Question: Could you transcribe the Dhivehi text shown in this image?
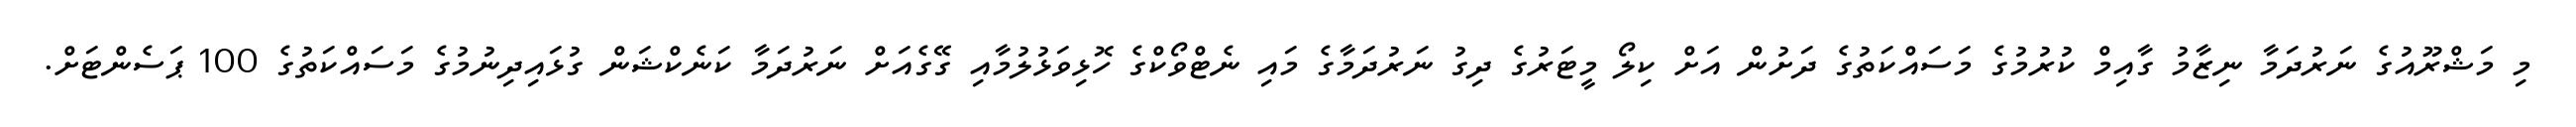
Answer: މި މަޝްރޫއުގެ ނަރުދަމާ ނިޒާމު ގާއިމް ކުރުމުގެ މަސައްކަތުގެ ދަށުން އަށް ކިލޯ މީޓަރުގެ ދިގު ނަރުދަމާގެ މައި ނެޓްވޯކްގެ ހޮޅިވަޅުލުމާއި ގޭގެއަށް ނަރުދަމާ ކަނެކްޝަން ގުޅައިދިނުމުގެ މަސައްކަތުގެ 100 ޕަސެންޓަށް.